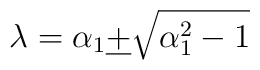
\lambda=\alpha_{1}\underline{+}\sqrt{\alpha_{1}^{2}-1}